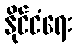
နိုင်ငံရေး